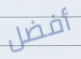
أفضل